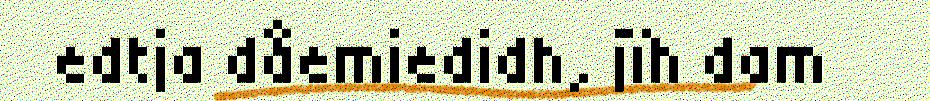
edtja dåemiedidh, jïh dam